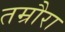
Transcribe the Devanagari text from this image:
तम्रौरा